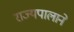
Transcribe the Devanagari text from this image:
राज्यपालाने